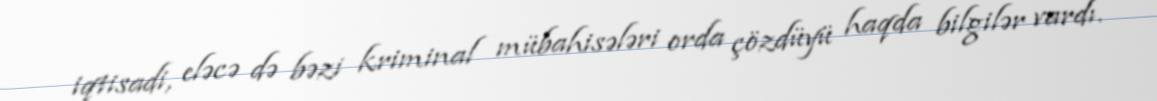
iqtisadi, eləcə də bəzi kriminal mübahisələri orda çözdüyü haqda bilgilər vardı.